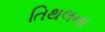
તિથલના